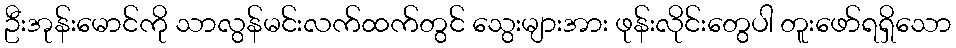
ဦးအုန်းမောင်ကို သာလွန်မင်းလက်ထက်တွင် သွေးများအား ဖုန်းလိုင်းတွေပါ တူးဖော်ရရှိသော